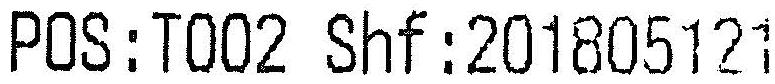
POS:T002 SHF:201805121